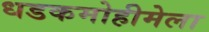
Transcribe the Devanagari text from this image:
धडकमोहीमेला